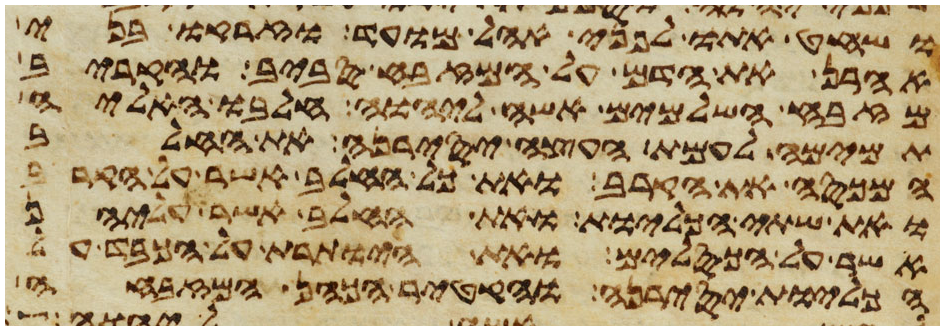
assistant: ושחט אתו לפני אהל מועד וזרקו בני
אהרן את הדם על המזבח סביב והקריב
מזבח השלמים אשה ליהוה חלבו האליה
תמימה לעמת העצה יסירנה את החלב
המכסה את הקרב ואת כל החלב אשר על הקרב
ואת שתי הכליות ואת החלב אשר עליהן
אשר על הכסלים ואת היותרת על הכבד על
הכליות יסירנה והקטיר הכהן המזבחה